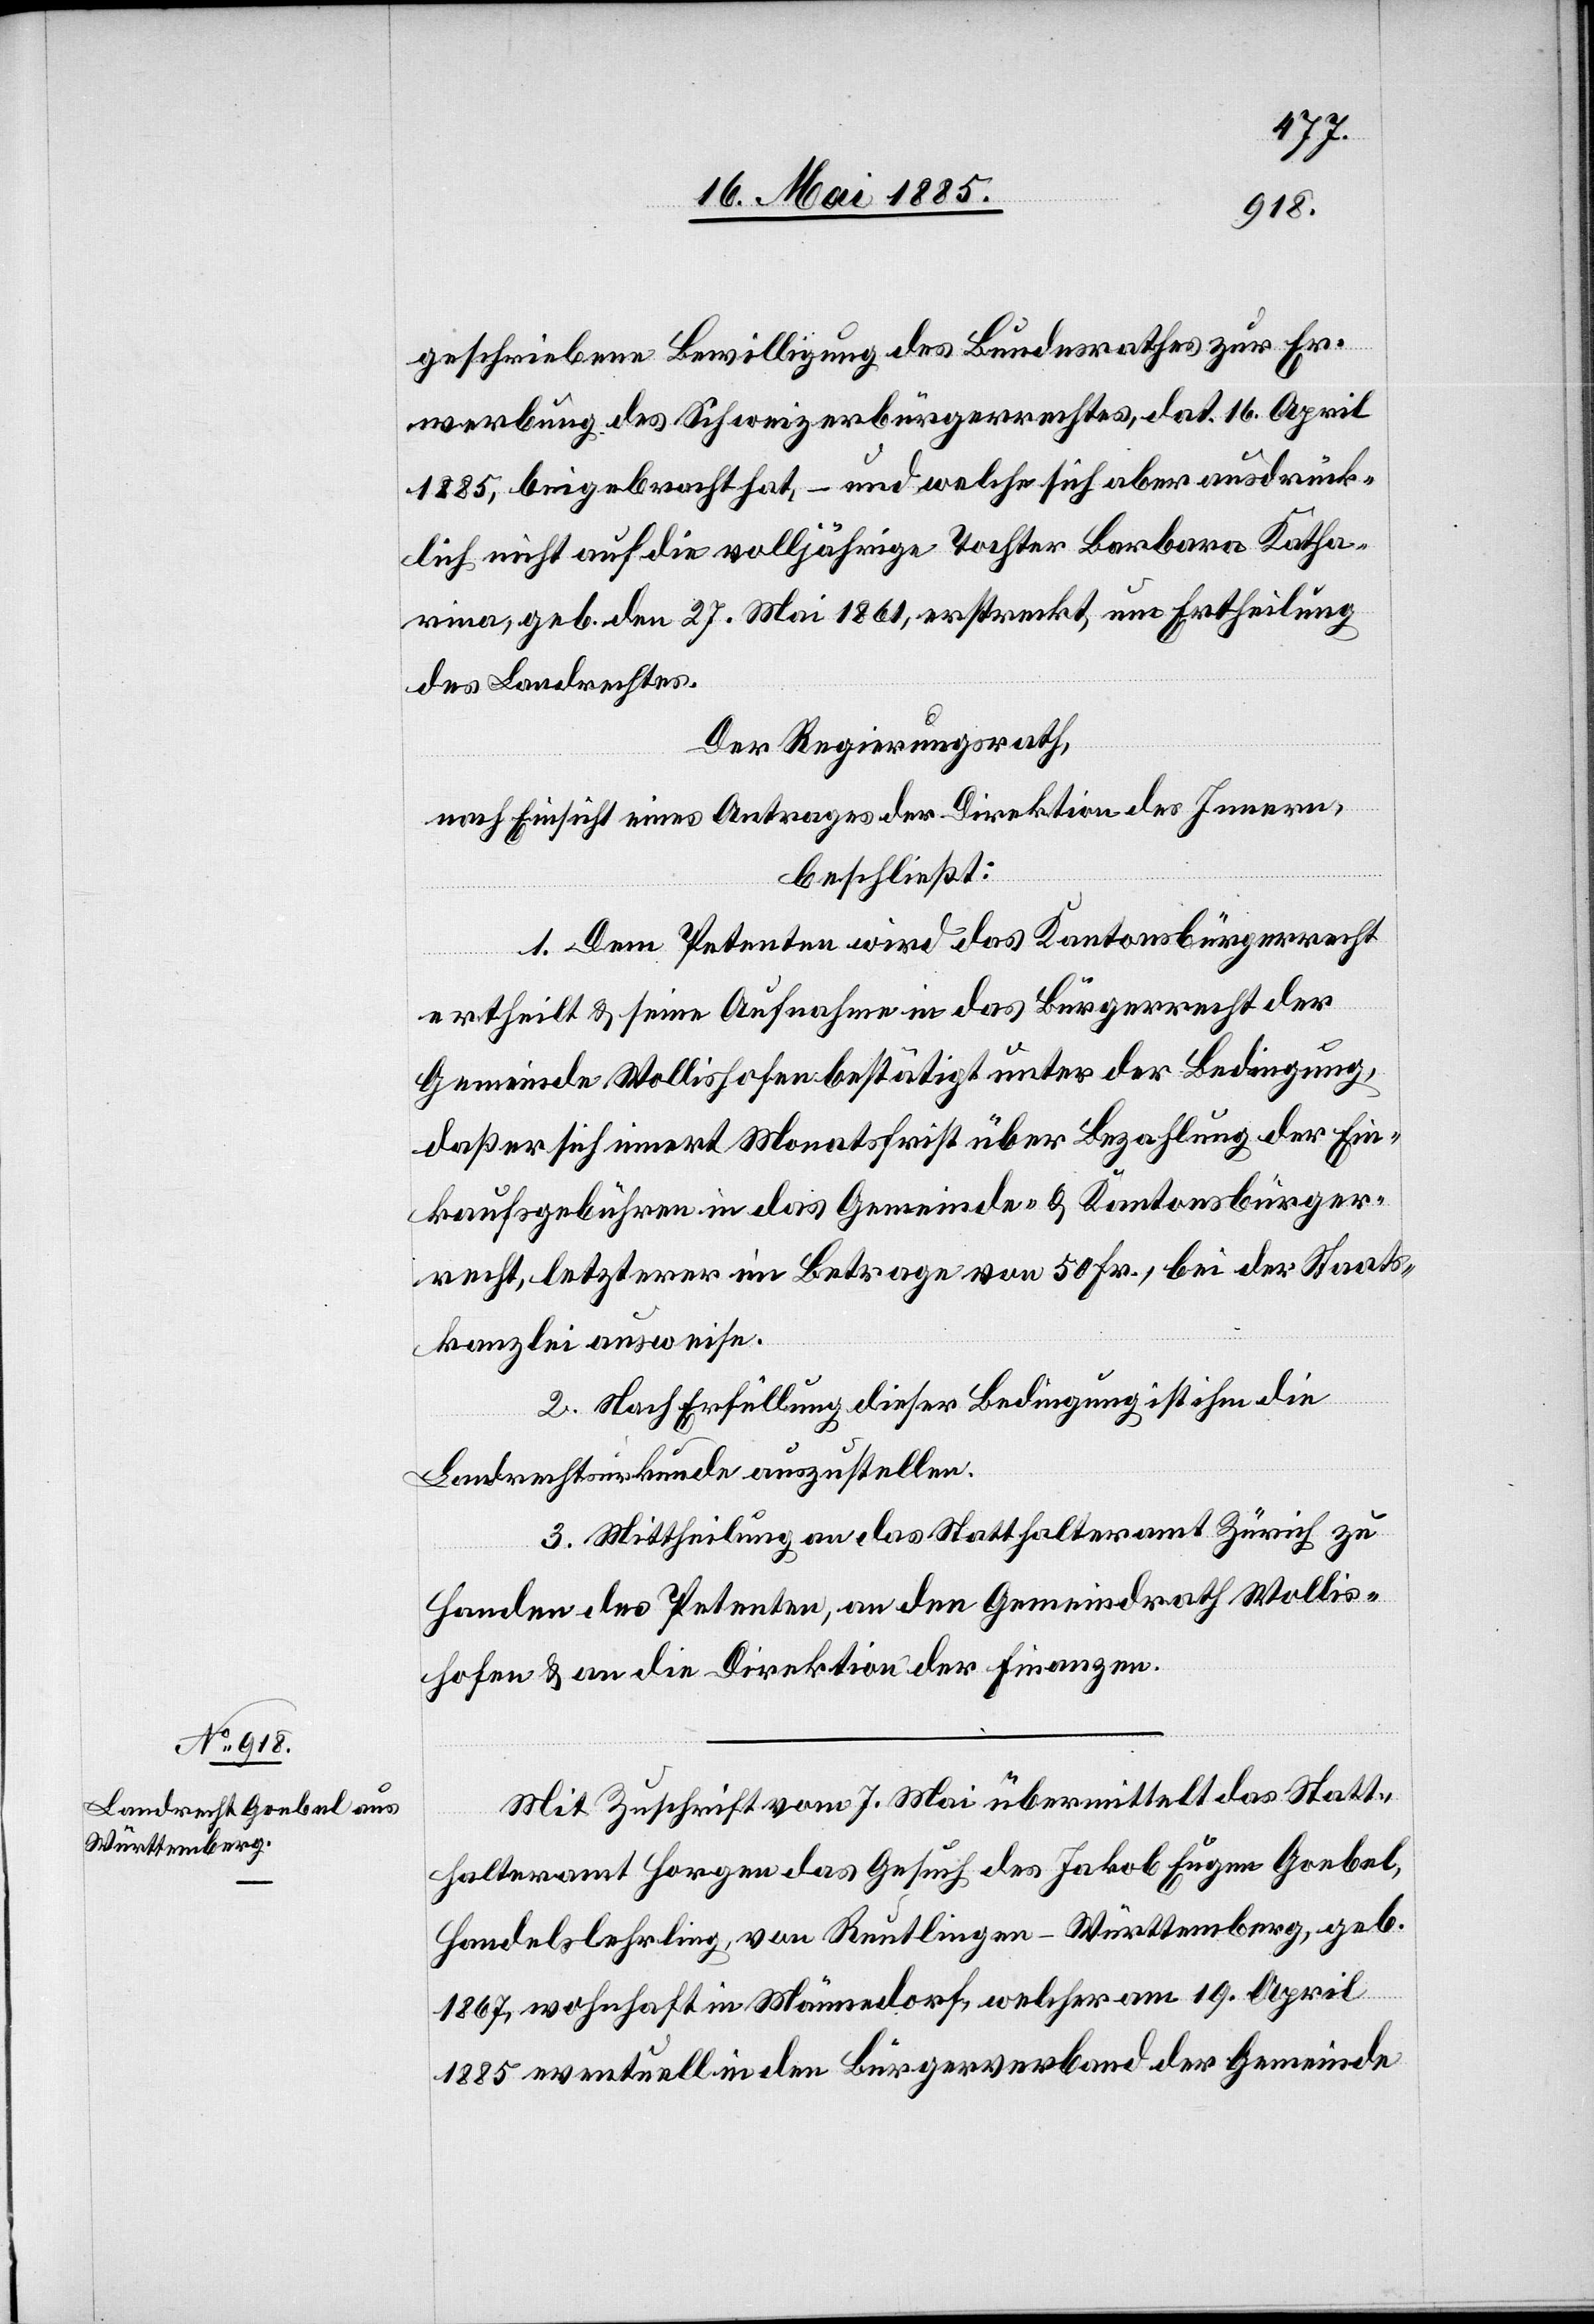
geschriebene Bewilligung des Bundesrathes zur Er¬
werbung des Schweizerbürgerrechtes, dat. 16. April
1885, beigebracht hat, – und welche sich aber ausdrück¬
lich nicht auf die volljährige Tochter Barbara Katha¬
rina, geb. den 27. Mai 1861, erstreckt, um Ertheilung
des Landrechtes.
Der Regierungsrath,
nach Einsicht eines Antrages der Direktion des Innern,
beschließt:
1. Dem Petenten wird das Kantonsbürgerrecht
ertheilt & seine Aufnahme in das Bürgerrecht der
Gemeinde Wollishofen bestätigt unter der Bedingung,
daß er sich innert Monatsfrist über Bezahlung der Ein¬
kaufsgebühren in das Gemeinde- & Kantonsbürger¬
recht, letzterer im Betrage von 50 Fr., bei der Staats¬
kanzlei ausweise.
2. Nach Erfüllung der Bedingung ist ihm die
Landrechtsurkunde auszustellen.
3. Mittheilung an das Statthalteramt Zürich zu
Handen des Petenten, an den Gemeindrath Wollis¬
hofen & an die Direktion der Finanzen.
Mit Zuschrift vom 7. Mai übermittelt das Statt¬
halteramt Horgen das Gesuch des Jakob Eugen Goebel,
Handelslehrling, von Reutlingen - Württemberg, geb.
1867, wohnhaft in Männedorf, welcher am 19. April
1885 eventuell in den Bürgerverband der Gemeinde